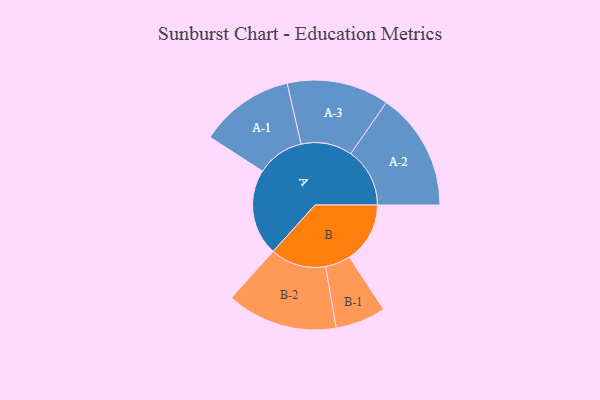
{"axis": {"x": "Segment", "y": "Value"}, "legend": ["", "A", "B"], "data": [{"x": "A", "y": 391, "type": ""}, {"x": "B", "y": 274, "type": ""}, {"x": "A-1", "y": 214, "type": "A"}, {"x": "A-2", "y": 267, "type": "A"}, {"x": "A-3", "y": 231, "type": "A"}, {"x": "B-1", "y": 114, "type": "B"}, {"x": "B-2", "y": 251, "type": "B"}]}